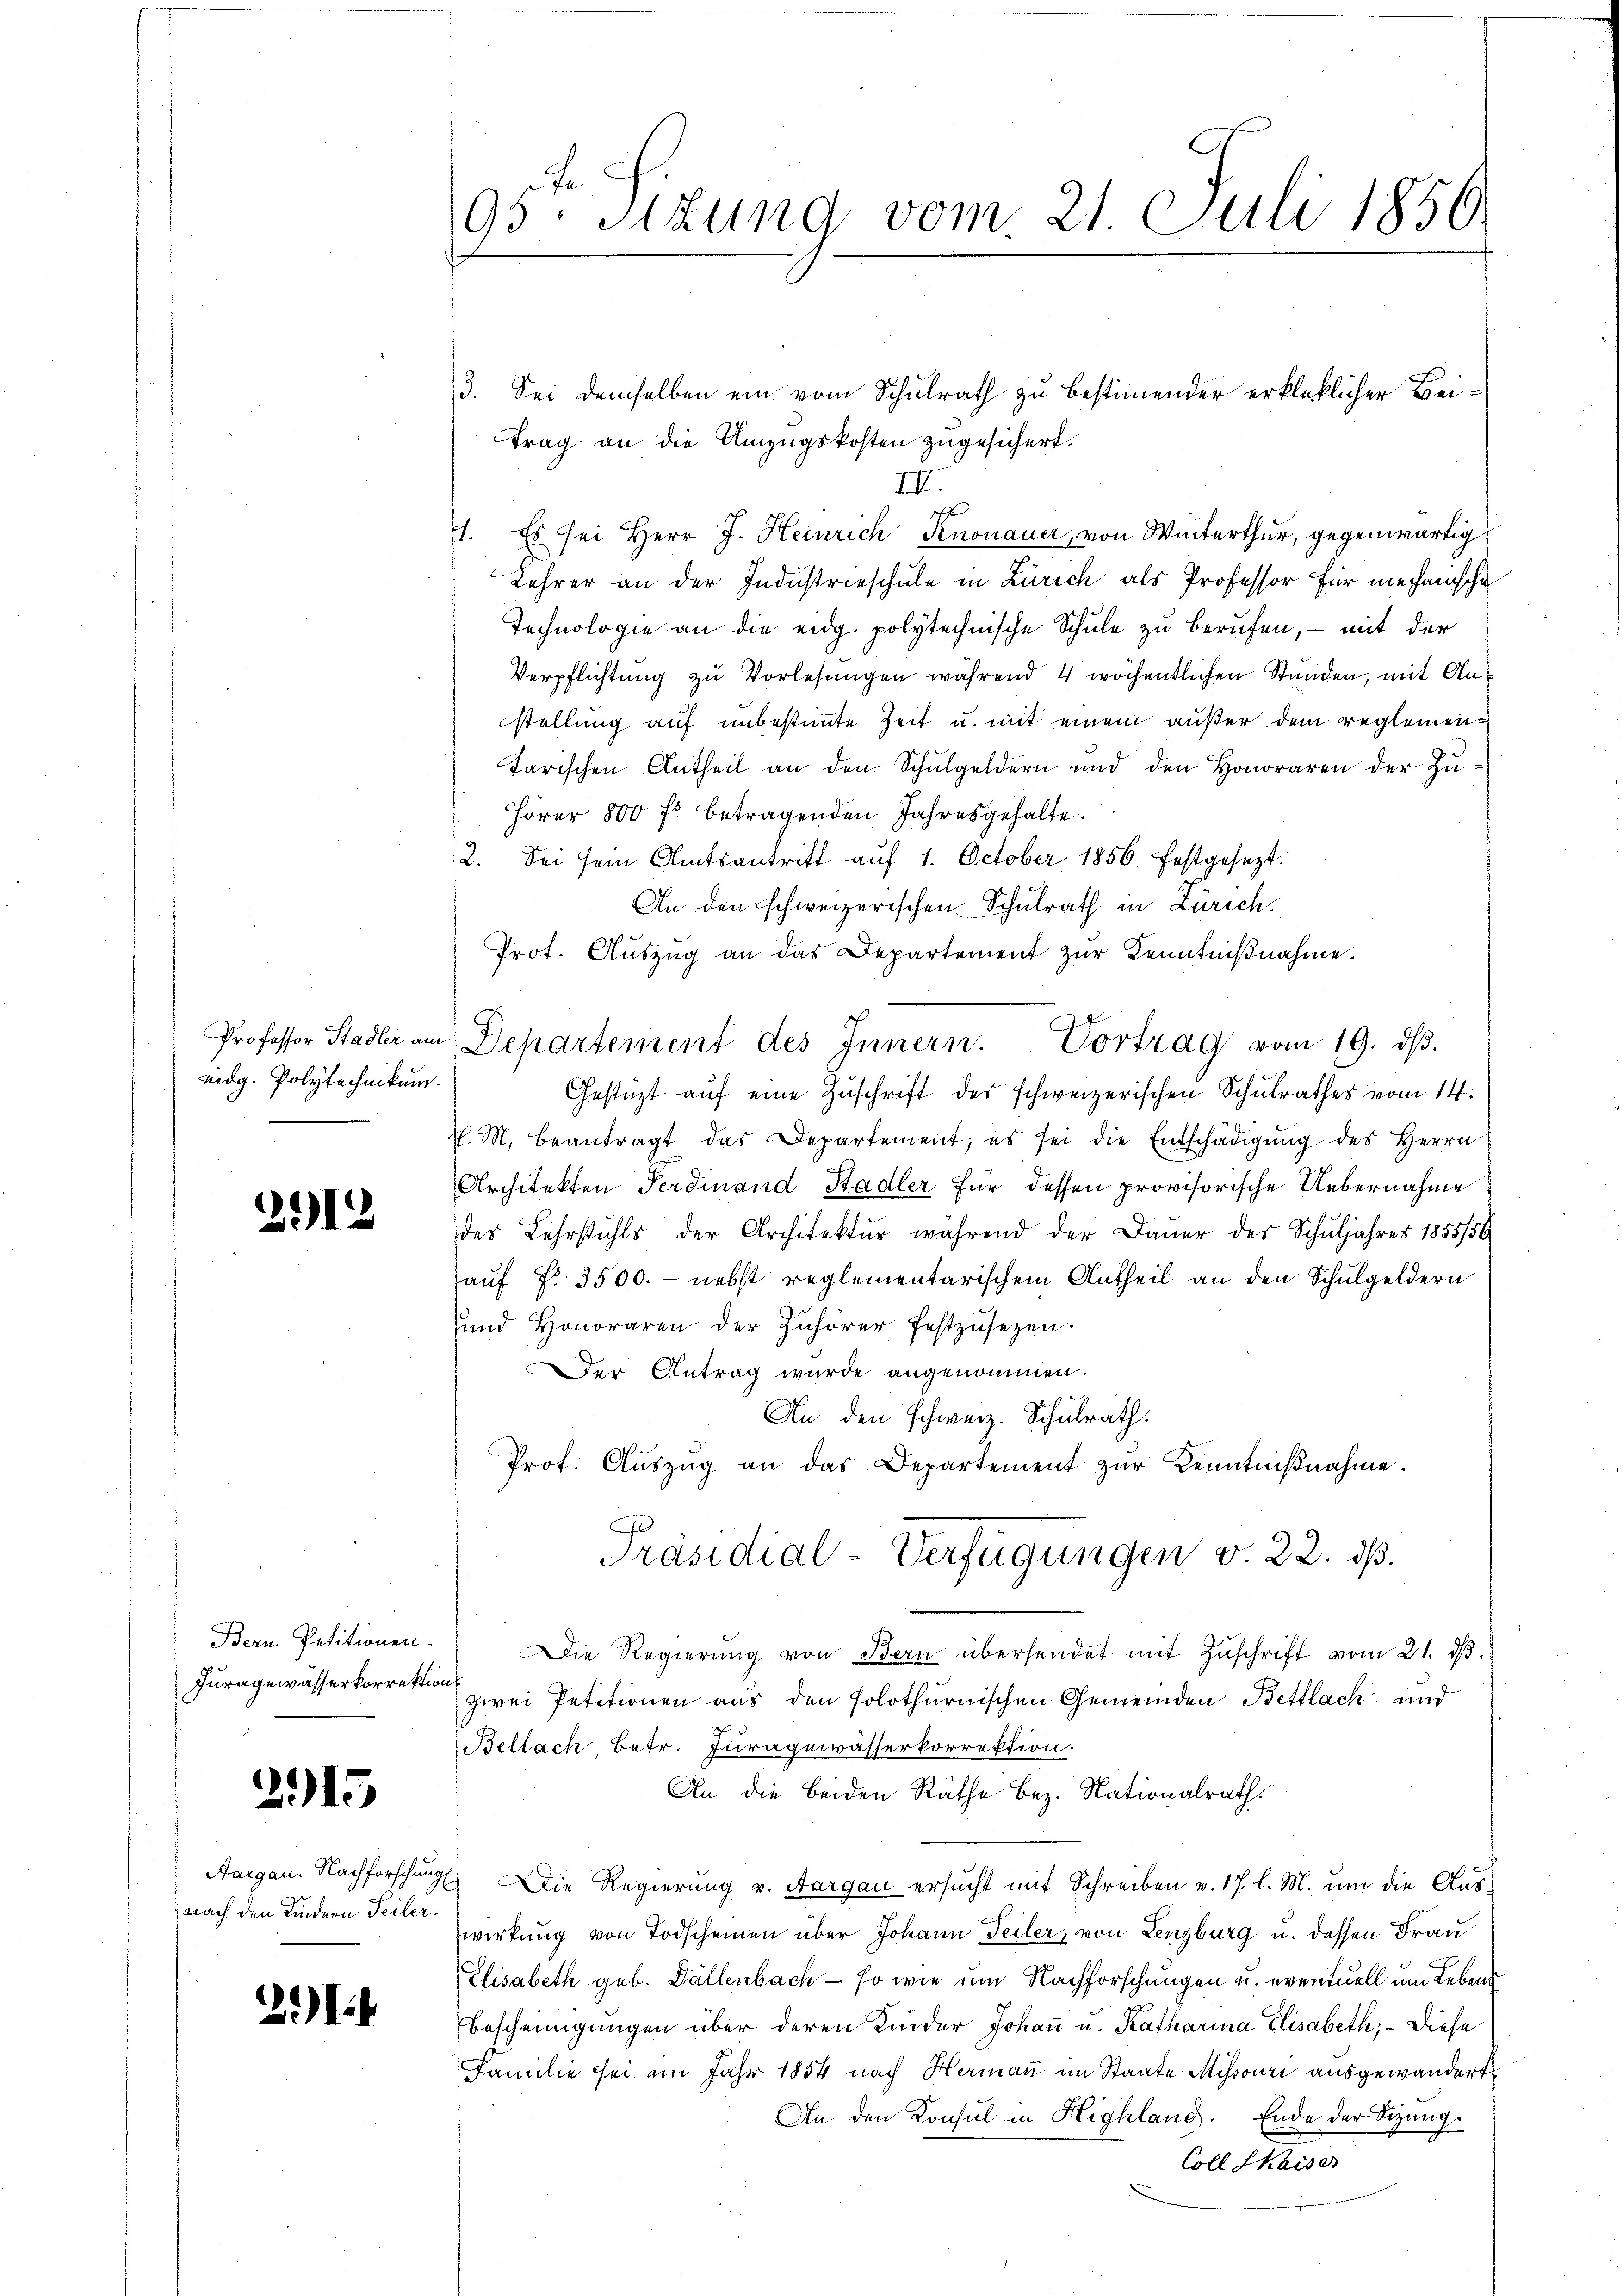
eidg. Polytechnikum.

2912

Bern. Petitionen
Juragewässerkorrektion

2915

nach den Kindern Seiler.

2.)

J.
95. Sitzung vom 21. Juli 1856.

3. Sei demselben ein vom Schulrath zu bestimmender erkleklicher Beitrag an die Umzugskosten zugesichert.
III.
1. Es sei Herr J. Heinrich Knonauer, von Winterthur, gegenwärtig
Lehrer an der Industrieschule in Zürich als Professor für mechanische
Technologie an die eidg. polytechnische Schule zu berufen, – mit der
Verpflichtung zu Vorlesungen während 4 wöchentlichen Stunden, mit Anstellung auf unbestimmte Zeit u. mit einem außer dem reglementarischen Antheil an den Schulgeldern und den Honoraren der Zu¬
Hörer 800 fl betragenden Jahresgehalte.
2. Sei sein Amtsantritt aŭf 1. October 1856 festgesezt.
An den schweizerischen Schulrath in Zürich.
Prot. Auszug an das Departement zur Kenntnißnahme.
Professor Stadler am Departement des Innern. Vortrag vom 19. dβ.
Gestüzt aŭf eine Zuschrift des schweizerischen Schulrathes vom 14.
J. M. beantragt das Departement, es sei die Entschädigŭng des Herrn
Architekten Ferdinand Stadler für dessen provisorische Uebernahme
des Lehrstuhls der Architektur während der Dauer des Schuljahres 1855/56
auf Fr. 3500. - nebst reglementarischem Antheil an den Schulgeldern
und Honoraren der Zuhörer festzusetzen.
DDer Antrag wurde angenommen.
Au. den schweiz. Schulrath.
Prof. Aŭszŭg an das Departement zŭr Kenntniβnahme.
Präsidial-Verfügungen v. 22. ds.
Die Regierŭng von Bern übersendet mit Zŭschrift vom 21. dβ.
zwei Petitionen aus den solothurnischen Gemeinden Bettlack und
Bellach, Betr. Juragewässerkorrektion.
An die beiden Räthe Bez. Nationalrath.
Aargau. Nachforschung. Die Regierung v. Aargau ersucht mit Schreiben v. 17. l. M. um die Aus-
wirkung von Todscheinen über Johann Teiler, von Lenzburg u. dessen Frau
Elisabeth geb. Fällenbach - so wie um Nachforschungen u. eventuell um Lebens
bescheinigungen über deren Kinder Johaṅ u. Katharina Elisabeth; – Diese
Familie sei im Jahr 1854 nach Hermann im Staate Missouri ausgewandert
An den Konsul in Highland. Ende der Sizung¬
Coll Kaiser